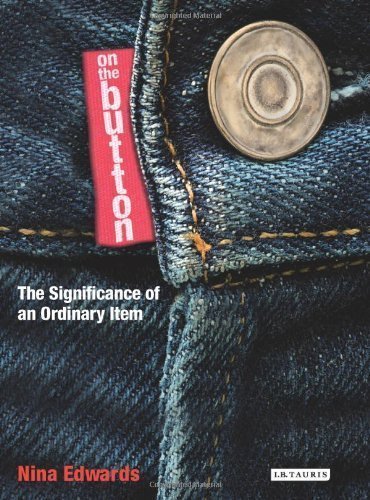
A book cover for On the Button: The Significance of an Ordinary Item of Nina Edwards on 30 November 2011; Crafts, Hobbies & Home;